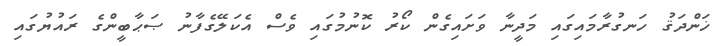
ޚަންދަޤު ހަނގުރާމައިގައި މަދީނާ ވަށައިގެން ކޯރު ކޮނުމުގައި ވެސް އެކަލޭގެފާނު ޞަޙާބީންގެ ރައުޔުގައި